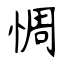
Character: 惆